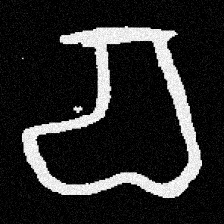
Pyu character \u2014 Myanmar letter: စ (romanized: ca)